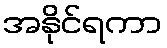
အနိုင်ရကာ